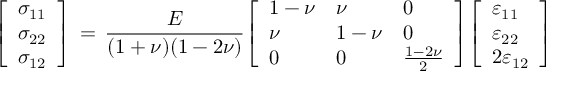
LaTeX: { \left[ \begin{array} { l } { \sigma _ { 1 1 } } \\ { \sigma _ { 2 2 } } \\ { \sigma _ { 1 2 } } \end{array} \right] } \, = \, { \frac { E } { ( 1 + \nu ) ( 1 - 2 \nu ) } } { \left[ \begin{array} { l l l } { 1 - \nu } & { \nu } & { 0 } \\ { \nu } & { 1 - \nu } & { 0 } \\ { 0 } & { 0 } & { { \frac { 1 - 2 \nu } { 2 } } } \end{array} \right] } { \left[ \begin{array} { l } { \varepsilon _ { 1 1 } } \\ { \varepsilon _ { 2 2 } } \\ { 2 \varepsilon _ { 1 2 } } \end{array} \right] }